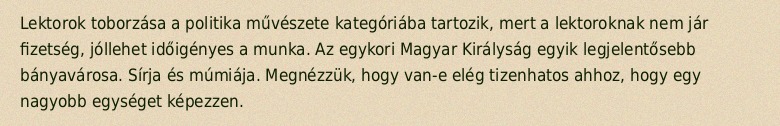
Lektorok toborzása a politika művészete kategóriába tartozik, mert a lektoroknak nem jár fizetség, jóllehet időigényes a munka. Az egykori Magyar Királyság egyik legjelentősebb bányavárosa. Sírja és múmiája. Megnézzük, hogy van-e elég tizenhatos ahhoz, hogy egy nagyobb egységet képezzen.